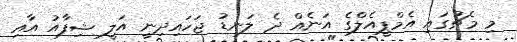
މި މެޗުގައި އެމްޕީއެލްގެ އަނެއް ދެ ލަނޑު ޖަހައިދިނީ އަލީ ޝިފާއު އާއި